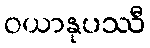
ဝယာနုပဿီ